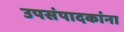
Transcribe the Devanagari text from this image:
उपसंपादकांना